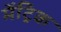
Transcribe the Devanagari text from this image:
मेंट्रिक